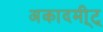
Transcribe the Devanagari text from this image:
अकादमी्ट्